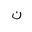
Letter: _non